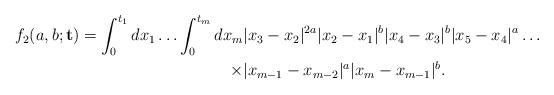
LaTeX: \begin{align*}f_2(a,b;\mathbf{t})=\int_0^{t_1}dx_1\ldots \int_0^{t_m} dx_m &|x_3-x_2|^{2a} |x_2-x_1|^b |x_4-x_3|^b|x_5-x_4|^a \ldots\\\times & |x_{m-1}-x_{m-2}|^a |x_{m}-x_{m-1}|^b.\end{align*}